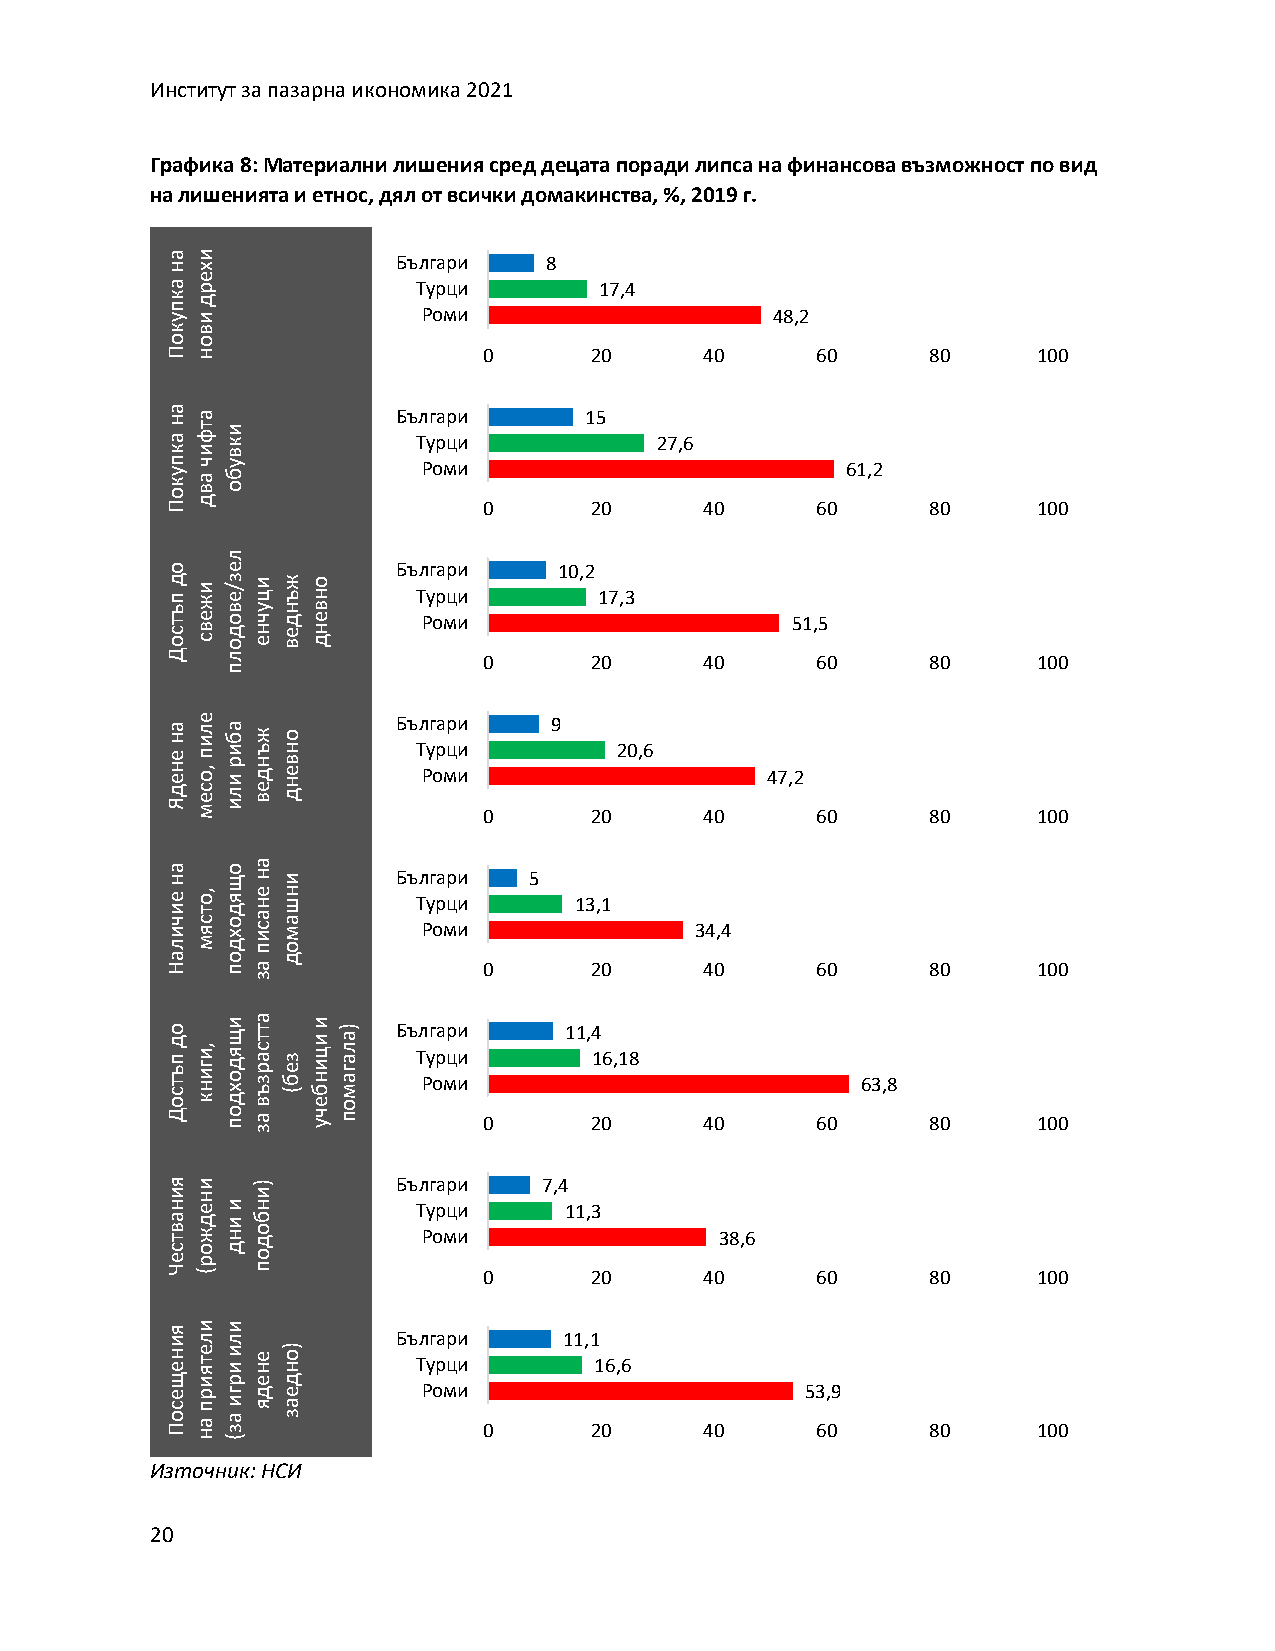
Институт за пазарна икономика 2021
 Графика 8: Материални лишения сред децата поради липса на финансова възможност по вид
 на лишенията и етнос, дял от всички домакинства, %, 2019 г.
 на хи          Българи   8
 а
 ре
 Турци       17,4
 пкд
 уи               Роми                   48,2
 кв
 оо
 Пн                   0      20      40     60      80     100
 а
 на фта
 ки
 Бъ Тл уг ра цр ии 15
 27,6
 кив
 окуп
 ва
 ч обу          Роми                        61,2
 Пд                   0      20      40     60      80     100
 л
 о   е          Българи    10,2
 д пжи е/з ци ъж но Турци     17,3
 остъ све одов енчу ведн днев Роми        51,5
 Д   л                0      20      40     60      80     100
 п
 Ядене
 на
 месо,
 пиле
 или
 риба
 веднъж дневно
 Бъ Тл Руг ора мцр
 и
 ии
 0
 9
 2020,6
 40
 47,2
 60      80     100
 личие
 на
 място,
 дходящо
 писане
 на омашни Бъ Тл Руг ора мцр
 и
 ии   5
 13,1
 34,4
 На  по
 а
 д
 0      20      40     60      80     100
 з
 остъп
 до
 книги,
 дходящи възрастта
 (без
 ебници
 и омагала) Бъ Тл Руг ора мцр
 и
 ии     11,4
 16,18
 63,8
 Д   по за учп        0      20      40     60      80     100
 я и   )        Българи   7,4
 ни ен ини
 Турци    11,3
 Чества (рожд дни подоб
 Роми
 0      20
 4038,6
 60      80     100
 ения ятели
 и
 или
 не
 но)
 Бъ Тл уг ра цр ии 11,1
 16,6
 щиред
 се пр иг яд ае   Роми                     53,9
 По на (за з          0      20      40     60      80     100
 Източник: НСИ
 20